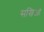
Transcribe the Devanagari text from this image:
सखिओं